Vaccination in Bombay 1874-1876 - 1874-1876
Year: 1874
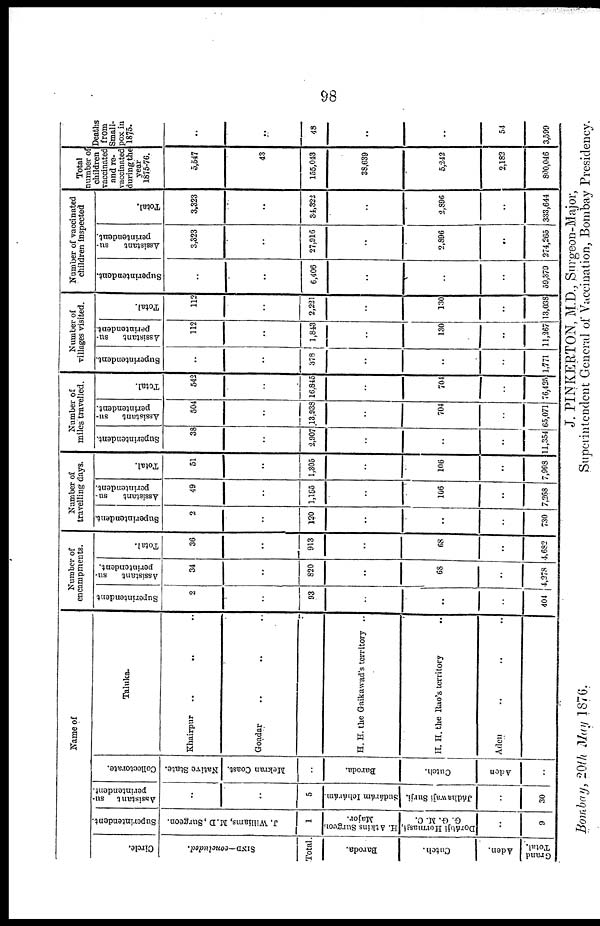
98
Name of
Circle.
SIND—concluded.
Total.
Baroda.
Cutch.
Aden.
Grand
Total.
Superintendent.
J. Williams, M.D ,Surgeon.
1
H. Atkins Surgeon
Major.
Dorábji Hormasji,
G. G. M. C.
..
9
Assistant su-
perintendent.
..
..
5
Sudárám Ichárám.
Jádhawaji Surji.
..
30
Collectorate.
Native State.
Mekran Coast.
..
Baroda.
Cutch.
Aden
..
Taluka.
Khairpur
..
.. ..
Goadar .. .. ..
H. H. the Gaikawad's territory ..
H. H. the Rao's territory
Aden .. .. ..
Number of
encampments.
Superintendent
2
Assistant su-
perintendent.
34
..
93
..
..
..
404
820
..
68
..
4,278
Total.
36
..
913
..
68
..
4,682
Number of
travelling days.
Superintendent.
2
..
120
..
..
..
730
Assistant su¬
perintendent.
49
..
1,185
..
106
..
7,268
Total.
51
..
1,305
..
106
..
7,998
Number of
miles travelled.
Superintendent.
38
..
2,907
..
..
..
11,354
Assistant su-
perintendent.
504
..
13,938
..
704
..
65,071
Total.
542
..
16,845
..
704
..
76,425
Number of
villages visited.
Superintendent.
..
..
378
..
..
..
1,771
Assistant su-
perintendent.
112
..
1,843
..
130
..
11,267
Total.
112
..
2,221
..
130
..
13,038
Number of vaccinated
children inspected
Superintendent.
..
..
6,406
..
..
..
59,379
Assistant
su-
perintendent.
3,323
..
27,916
..
2,896
..
274,265
Total.
3,323
..
34,322
..
2,896
..
333,644
Total
number of
children
vaccinated
and re¬
vaccinated
during the
year
1875-76.
5,547
43
155,043
38,639
5,242
2,182
800,046
Deaths
from
Small-
pox in
1875.
..
..
48
..
..
54
3,599
J. PINKERTON, M.D., Surgeon-Major,
Superintendent General of Vaccination, Bombay Presidency.
Bombay, 20th May 1876.